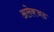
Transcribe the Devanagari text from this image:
अलेक्जड